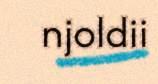
njoldii